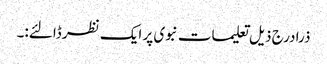
ذرا درج ذیل تعلیمات نبوی پر ایک نظر ڈالئے:۔